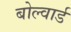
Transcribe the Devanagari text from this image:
बोल्वार्ड